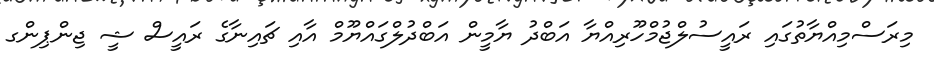
މިރަސްމިއްޔާތުގައި ރައީސުލްޖުމްހޫރިއްޔާ އަބްދު ޔާމީން އަބްދުލްގައްޔޫމް އާއި ޗައިނާގެ ރައީސް ޝީ ޖިންޕިންގ